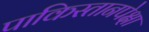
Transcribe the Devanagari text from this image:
पाकिस्तानपेक्षा